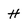
Character: H